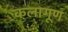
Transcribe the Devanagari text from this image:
कलागूण